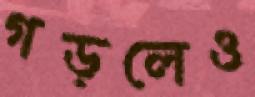
গড়লেও